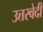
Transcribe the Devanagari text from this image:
उत्तरवेदी